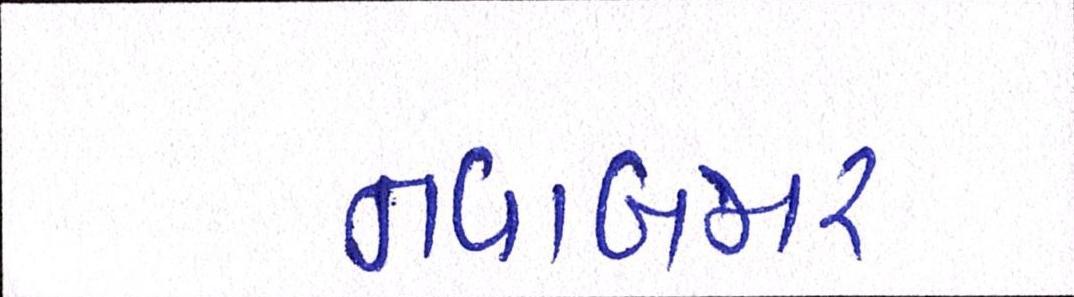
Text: નવાબજાર